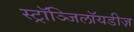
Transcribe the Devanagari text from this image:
स्ट्रॉञ्जिलॉयडीज़